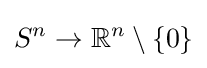
S^{n}\to \mathbb {R} ^{n}\setminus \{0\}